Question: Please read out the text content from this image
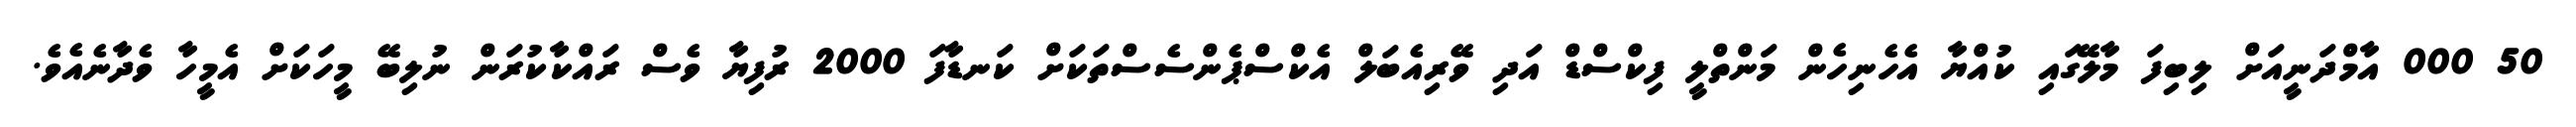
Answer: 50 000 އާމްދަނީއަށް ލިބިފަ މާލޭގައި ކުއްޔާ އެހެނިހެން މަންތްލީ ފިކްސްޑް އަދި ވޭރިއެބަލް އެކްސްޕެންސެސްތަކަށް ކަނޑާފަ 2000 ރުފިޔާ ވެސް ރައްކާކުރަން ނުލިބޭ މީހަކަށް އެމީހާ ވެދާނެއެވެ.